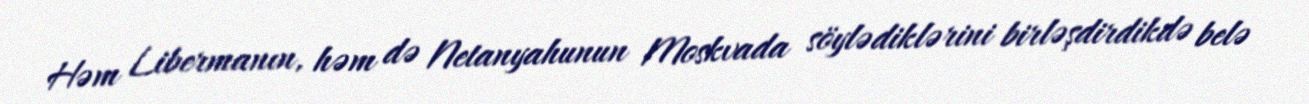
Həm Libermanın, həm də Netanyahunun Moskvada söylədiklərini birləşdirdikdə belə